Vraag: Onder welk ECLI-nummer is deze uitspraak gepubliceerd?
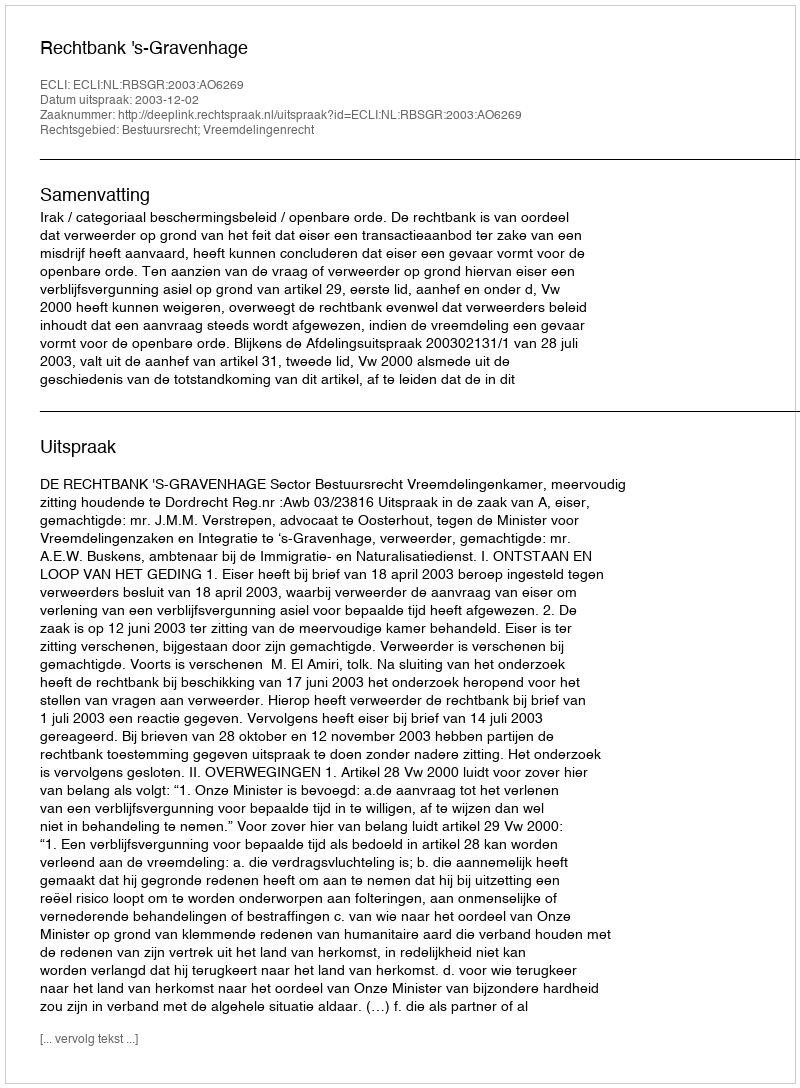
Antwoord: ECLI:NL:RBSGR:2003:AO6269